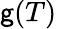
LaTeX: \mathsf{g}(T)